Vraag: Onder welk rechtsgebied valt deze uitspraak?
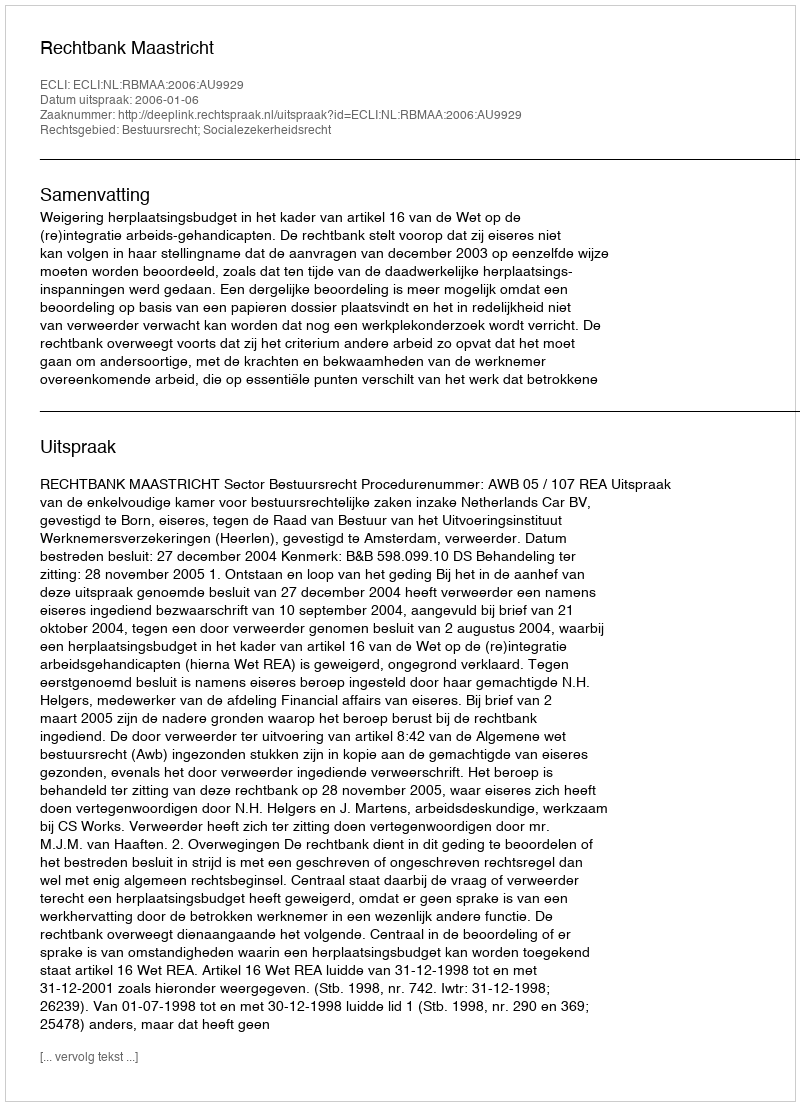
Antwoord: Bestuursrecht; Socialezekerheidsrecht